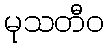
မုသတီဝ